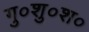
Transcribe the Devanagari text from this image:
गु०शु०श०